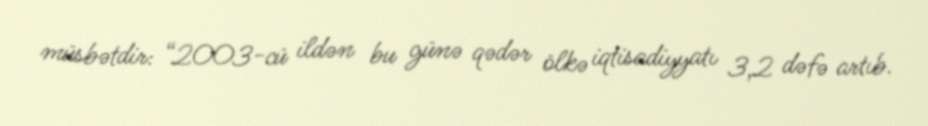
müsbətdir: “2003-cü ildən bu günə qədər ölkə iqtisadiyyatı 3,2 dəfə artıb.